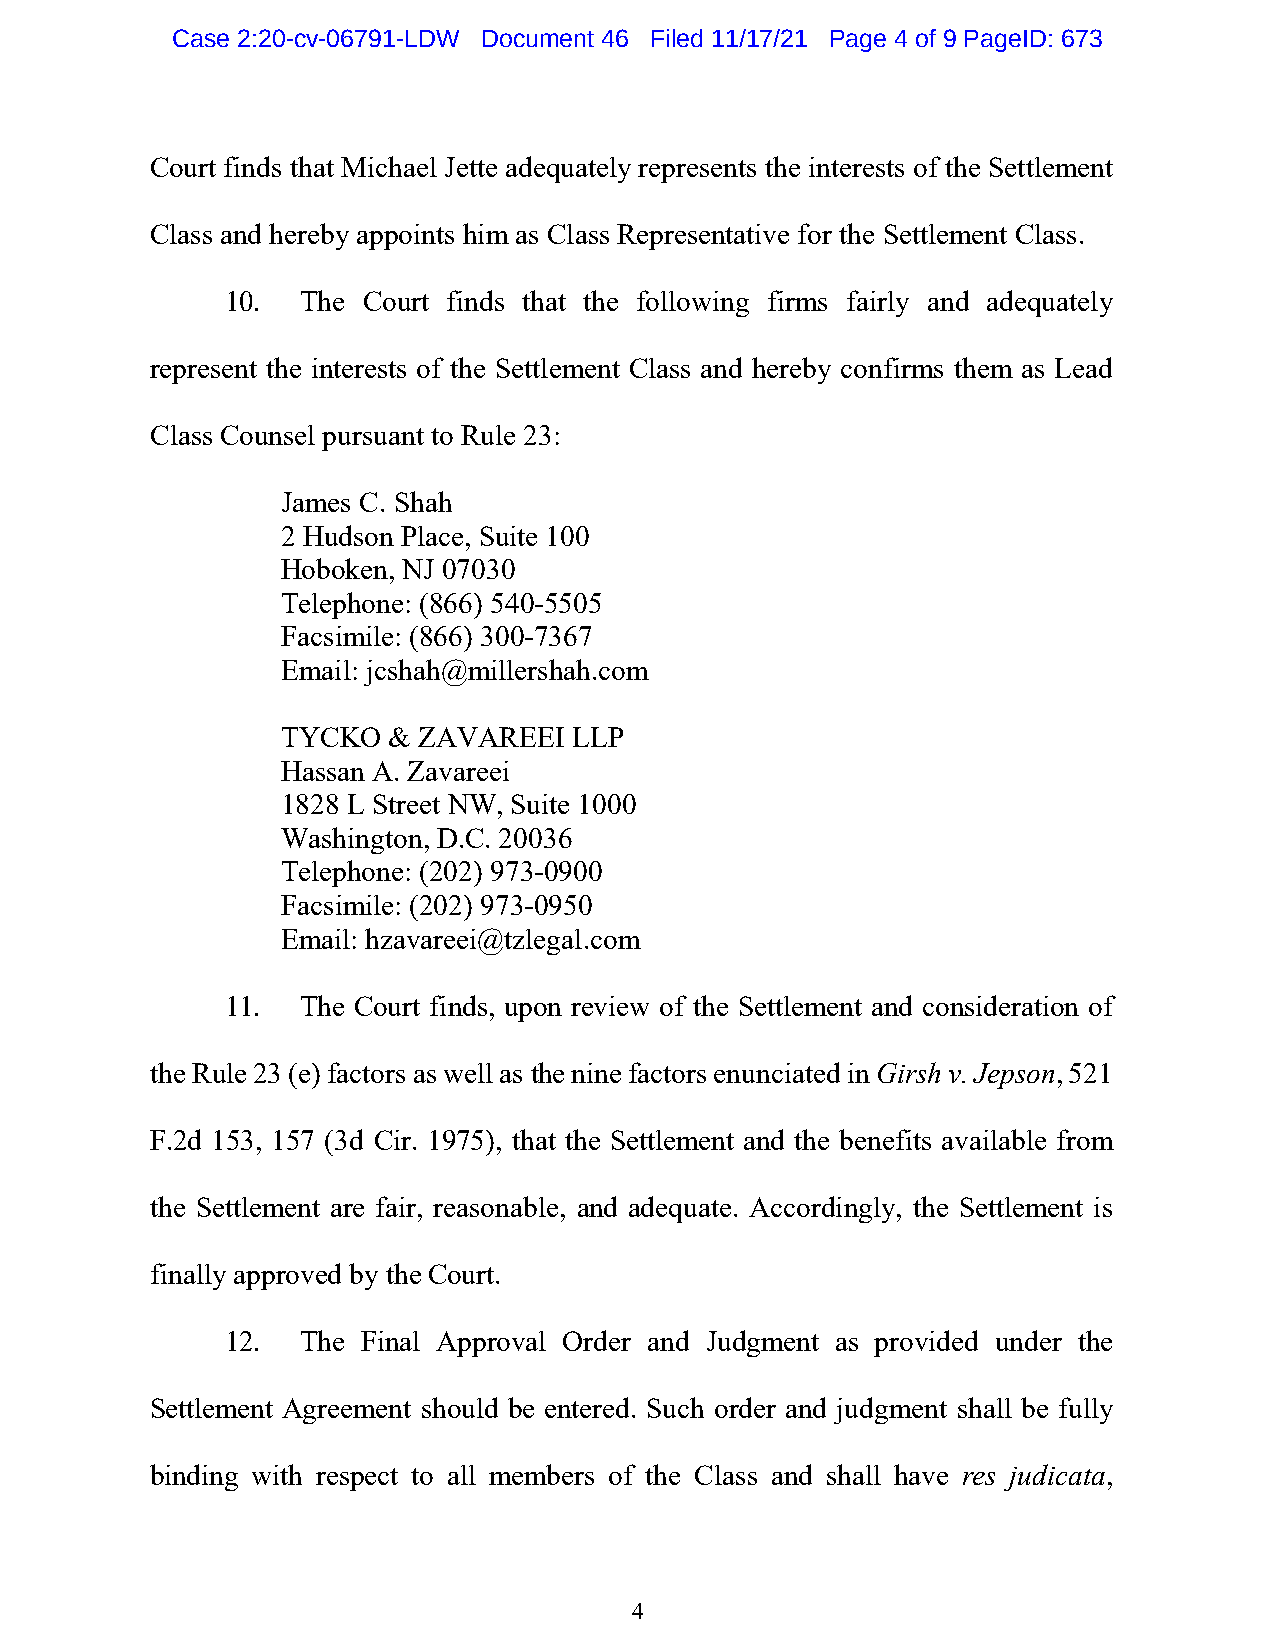
Case 2:20-cv-06791-LDW Document 46 Filed 11/17/21 Page 4 of 9 PageID: 673
 Court finds that Michael Jette adequately represents the interests of the Settlement
 Class and hereby appoints him as Class Representative for the Settlement Class.
 10.  The Court finds that the following firms fairly and adequately
 represent the interests of the Settlement Class and hereby confirms them as Lead
 Class Counsel pursuant to Rule 23:
 James C. Shah
 2 Hudson Place, Suite 100
 Hoboken, NJ 07030
 Telephone: (866) 540-5505
 Facsimile: (866) 300-7367
 Email: jcshah@millershah.com
 TYCKO  & ZAVAREEI  LLP
 Hassan A. Zavareei
 1828 L Street NW, Suite 1000
 Washington, D.C. 20036
 Telephone: (202) 973-0900
 Facsimile: (202) 973-0950
 Email: hzavareei@tzlegal.com
 11.  The Court finds, upon review of the Settlement and consideration of
 the Rule 23 (e) factors as well as the nine factors enunciated in Girsh v. Jepson, 521
 F.2d 153, 157 (3d Cir. 1975), that the Settlement and the benefits available from
 the Settlement are fair, reasonable, and adequate. Accordingly, the Settlement is
 finally approved by the Court.
 12.  The Final Approval Order and Judgment as provided under the
 Settlement Agreement should be entered. Such order and judgment shall be fully
 binding with respect to all members of the Class and shall have res judicata,
 4